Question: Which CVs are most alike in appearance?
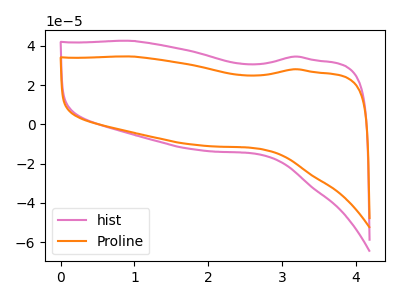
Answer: <think>The pink curve "hist" has no peaks. The orange curve "Proline" has no peaks.
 Neither "hist" or "Proline" have any peaks.</think>
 <answer>"Proline" and "hist" have the same shape and are likely CV's of the same chemical.</answer>
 <eval>"Proline" "hist"</eval>